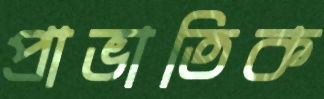
প্রাভাতিক